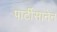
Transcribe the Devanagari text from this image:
पार्टीसानेन